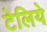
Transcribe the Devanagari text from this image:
टेलिये